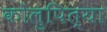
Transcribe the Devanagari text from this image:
कोलुपित्या